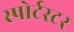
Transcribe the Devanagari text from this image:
स्पोर्टस्टर